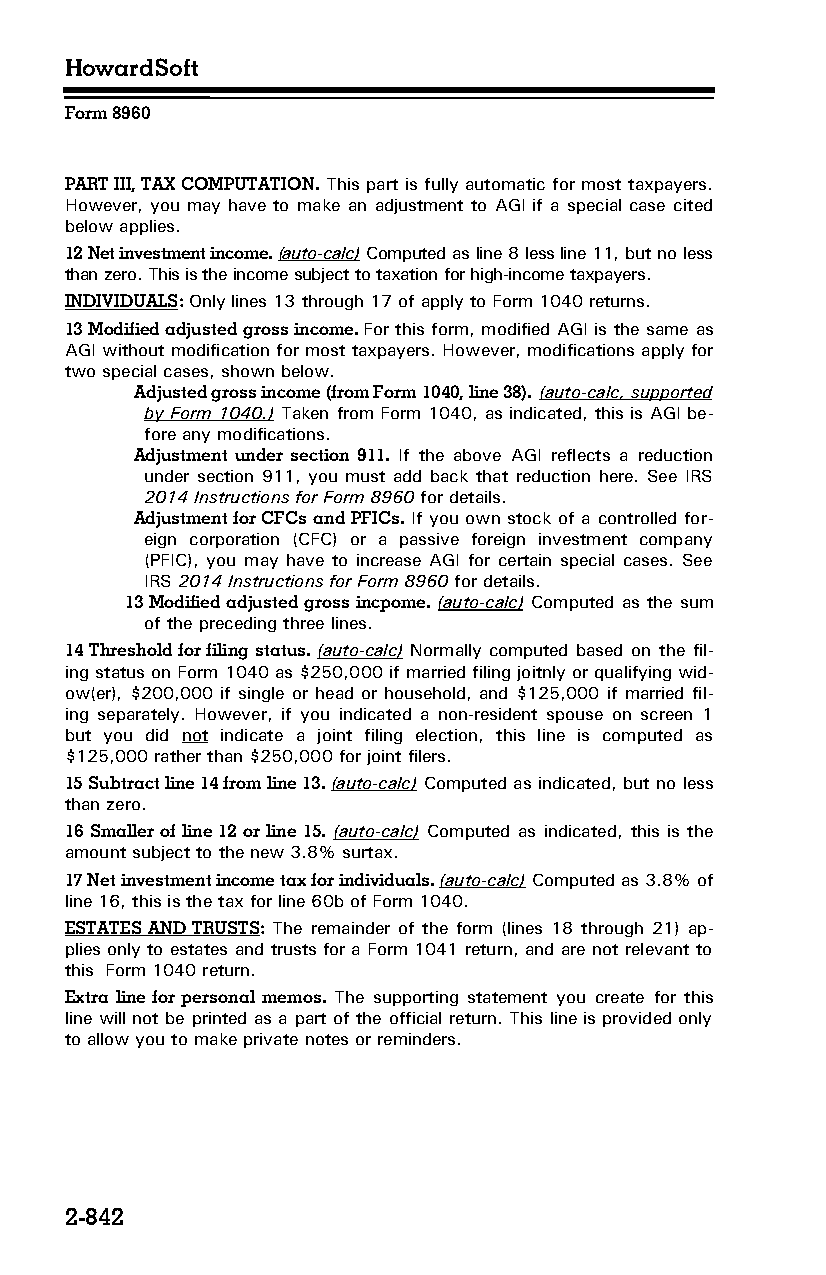
HowardSoft
 Form 8960
 PART III, TAX COMPUTATION. This part is fully automatic for most taxpayers.
 However, you may have to make an adjustment to AGI if a special case cited
 below applies.
 12 Net investment income. (auto-calc) Computed as line 8 less line 11, but no less
 than zero. This is the income subject to taxation for high-income taxpayers.
 INDIVIDUALS: Only lines 13 through 17 of apply to Form 1040 returns.
 13 Modified adjusted gross income. For this form, modified AGI is the same as
 AGI without modification for most taxpayers. However, modifications apply for
 two special cases, shown below.
 Adjusted gross income (from Form 1040, line 38). (auto-calc, supported
 by Form 1040.) Taken from Form 1040, as indicated, this is AGI be­
 fore any modifications.
 Adjustment under section 911. If the above AGI reflects a reduction
 under section 911, you must add back that reduction here. See IRS
 2014 Instructions for Form 8960 for details.
 Adjustment for CFCs and PFICs. If you own stock of a controlled for­
 eign corporation (CFC) or a passive foreign investment company
 (PFIC), you may have to increase AGI for certain special cases. See
 IRS 2014 Instructions for Form 8960 for details.
 13 Modified adjusted gross incpome. (auto-calc) Computed as the sum
 of the preceding three lines.
 14 Threshold for filing status. (auto-calc) Normally computed based on the fil­
 ing status on Form 1040 as $250,000 if married filing joitnly or qualifying wid­
 ow(er), $200,000 if single or head or household, and $125,000 if married fil­
 ing separately. However, if you indicated a non-resident spouse on screen 1
 but you did not indicate a joint filing election, this line is computed as
 $125,000 rather than $250,000 for joint filers.
 15 Subtract line 14 from line 13. (auto-calc) Computed as indicated, but no less
 than zero.
 16 Smaller of line 12 or line 15. (auto-calc) Computed as indicated, this is the
 amount subject to the new 3.8% surtax.
 17 Net investment income tax for individuals. (auto-calc) Computed as 3.8% of
 line 16, this is the tax for line 60b of Form 1040.
 ESTATES AND TRUSTS: The remainder of the form (lines 18 through 21) ap­
 plies only to estates and trusts for a Form 1041 return, and are not relevant to
 this Form 1040 return.
 Extra line for personal memos. The supporting statement you create for this
 line will not be printed as a part of the official return. This line is provided only
 to allow you to make private notes or reminders.
 2-842